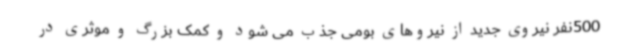
500نفر نیروی جدید از نیروهای بومی جذب می شود و کمک بزرگ و موثری در